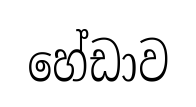
හේඩාව